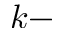
k -